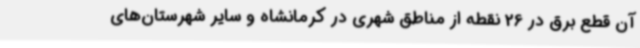
آن قطع برق در 26 نقطه از مناطق شهری در کرمانشاه و سایر شهرستان‌های